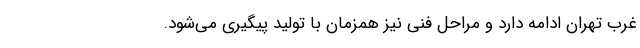
غرب تهران ادامه دارد و مراحل فنی نیز همزمان با تولید پیگیری می‌شود.